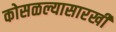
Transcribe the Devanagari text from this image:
कोसळल्यासारखी